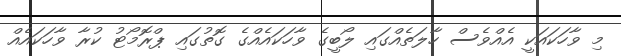
މި ވާހަކައަކީ އެއްވެސް ހާލަތެއްގައި ލޯބީގެ ވާހަކައެއްގެ ގޮތުގައި ޕްރޮމޯޓު ކުރާ ވާހަކައެއް